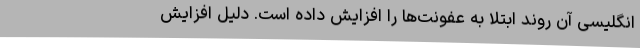
انگلیسی آن روند ابتلا به عفونت‌ها را افزایش داده است. دلیل افزایش